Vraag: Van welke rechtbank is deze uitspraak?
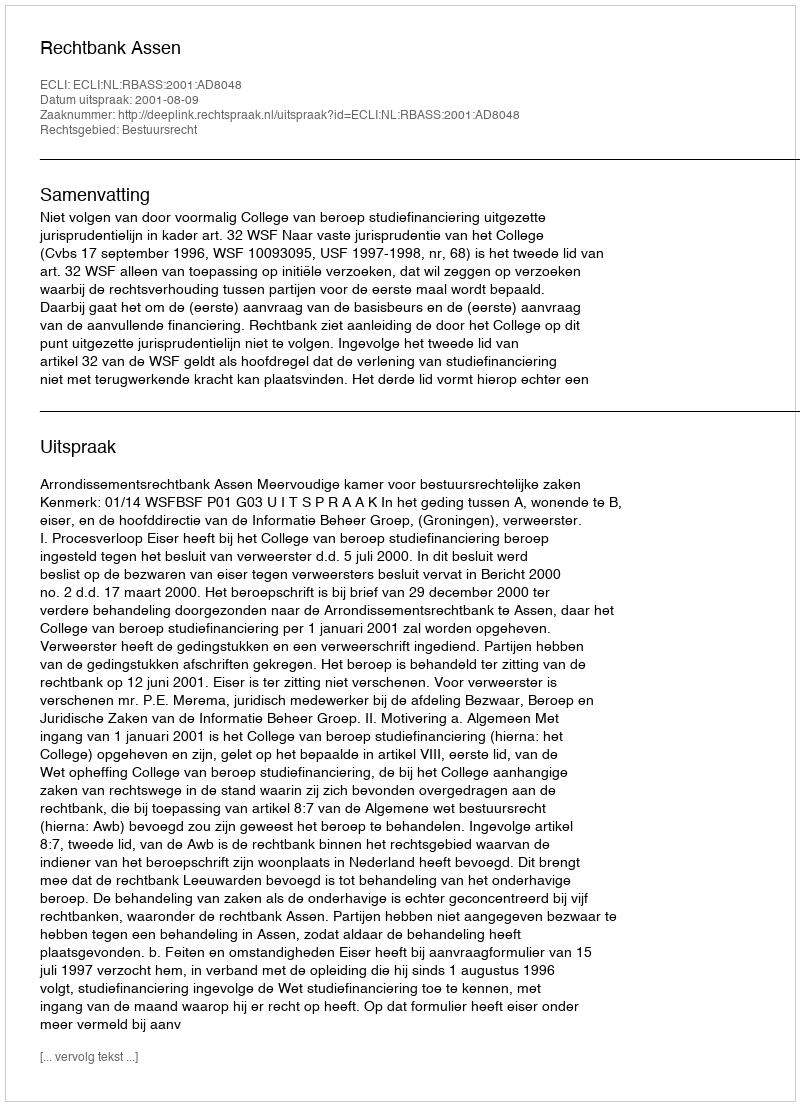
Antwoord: Rechtbank Assen